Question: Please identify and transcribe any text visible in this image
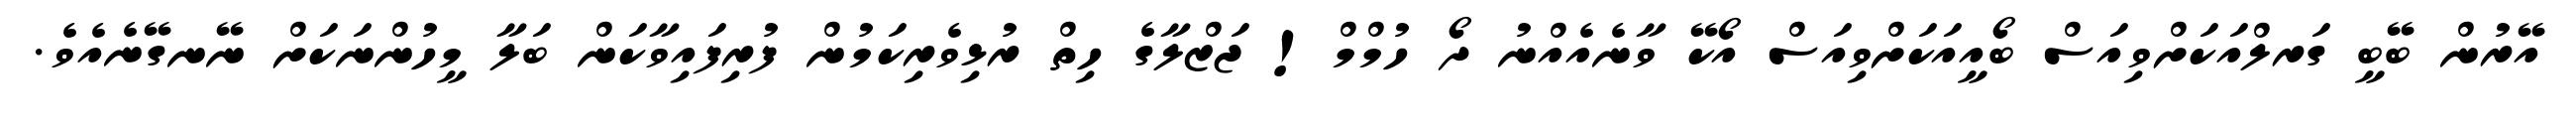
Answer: އޭރުން ބޭބީ ގަރލްއަކަށްވިއަސް ބޯއީއަކަށްވިއަސް އޯކޭ ވާނެއެއްނު ދޯ ހުމްމް! ޖަޒްލާގެ ހިތް ރުޅިވެރިކަމުން ފުރިފައިވާކަން ބަލާ މީހުންނަކަށް ނޭނގޭނެއެވެ.